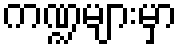
ကဏ္ဍများမှာ